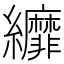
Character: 𦇺